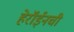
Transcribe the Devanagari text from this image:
हेरॉईनची